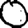
Digit: 0